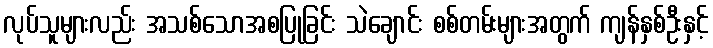
လုပ်သူများလည်း အသစ်သောအစပြုခြင်း သဲချောင်း စစ်တမ်းများအတွက် ကျန်နှစ်ဦးနှင့်